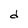
Character: d